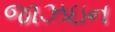
જાઝઇન